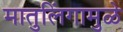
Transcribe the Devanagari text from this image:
मातुलिंगामुळे